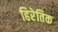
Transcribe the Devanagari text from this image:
हिरेतिक